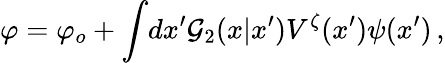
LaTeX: \varphi=\varphi_{o}+\int\! dx^{\prime}{\cal\mathcal{G}}_{2}(x|x^{\prime})V^{\zeta}(x^{\prime})\psi(x^{\prime})\, ,